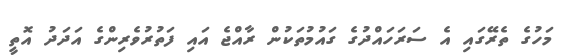
މަހުގެ ތެރޭގައި އެ ސަރަހައްދުގެ ގައުމުތަކުން ރާއްޖެ އައި ފަތުރުވެރިންގެ އަދަދު އޮތީ